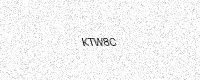
Text: KTW8C